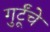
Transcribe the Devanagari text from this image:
गुर्टूंचे